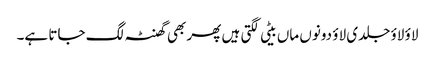
لاؤ لاؤ جلدی لاؤ دونوں ماں بیٹی لگتی ہیں پھر بھی گھنٹہ لگ جاتا ہے۔